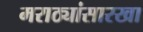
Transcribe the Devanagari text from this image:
मराठ्यांसारखा